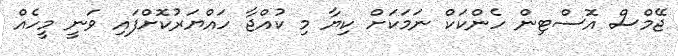
ޖޭމްސް އޮސްޓިން ހެންކަކް ނަމަކަށް ކިޔާ މި ކުއްޖާ ހައްޔަރުކޮށްފައި ވަނީ މީހެއް